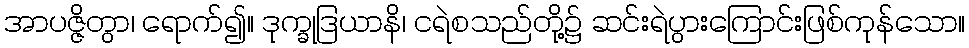
အာပဇ္ဇိတွာ၊ ရောက်၍။ ဒုက္ခုဒြယာနိ၊ ငရဲစသည်တို့၌ ဆင်းရဲပွားကြောင်းဖြစ်ကုန်သော။